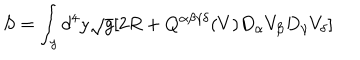
LaTeX: S = \int _ { y } d ^ { 4 } y \sqrt { g } [ 2 R + Q ^ { \alpha \beta \gamma \delta } ( V ) D _ { \alpha } V _ { \beta } D _ { \gamma } V _ { \delta } ]